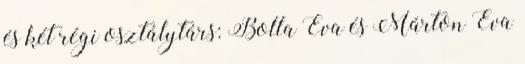
és két régi osztálytárs: Bolla Éva és Márton Éva